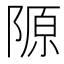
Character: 𨻣